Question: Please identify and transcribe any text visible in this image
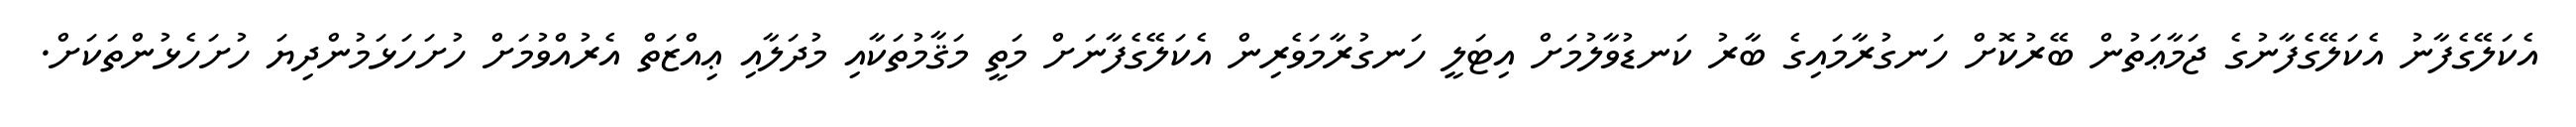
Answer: އެކަލޭގެފާނު އެކަލޭގެފާނުގެ ޖަމާޢަތުން ބޭރުކޮށް ހަނގުރާމައިގެ ބާރު ކަނޑުވާލުމަށް އިޓަލީ ހަނގުރާމަވެރިން އެކަލޭގެފާނަށް މަތީ މަޤާމުތަކާއި މުދަލާއި ޢިއްޒަތް އެރުއްވުމަށް ހުށަހަޅަމުންދިޔަ ހުށަހެޅުންތަކަށް.